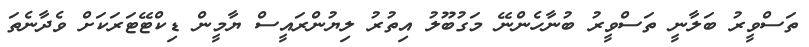
ތަސްވީރު ބަލާނީ ތަސްވީރު ބުނާހެންނޭ މަގުބޫލު އިތުރު ލިޔުންރައީސް ޔާމީން ޑިކްޓޭޓަރަކަށް ވެދާނެތަ